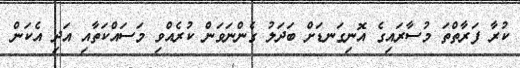
ކުރާ ފަރާތްތަ މުސާރައިގެ އޮނިގަނޑަށް ބަދަލު ގެންނަވަން ކުރެއްވި މަސައްކަތާއި އަދި އެކަން